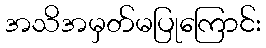
အသိအမှတ်မပြုကြောင်း